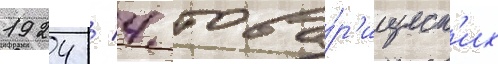
1924 / 4 това́р'ищеск'их